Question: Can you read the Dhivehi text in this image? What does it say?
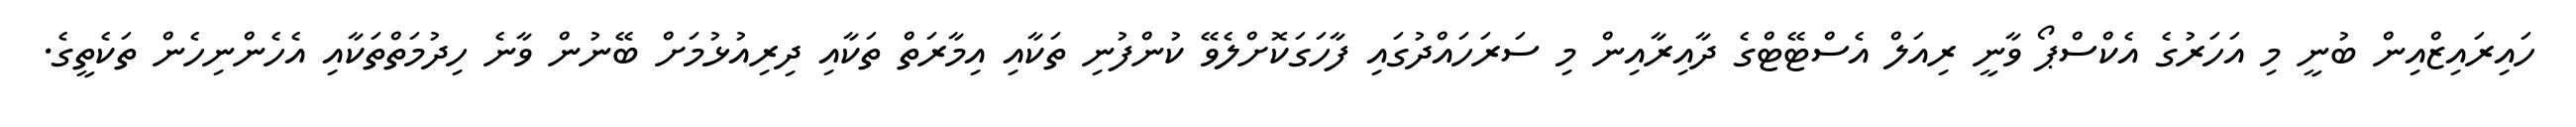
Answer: ހައިރައިޒްއިން ބުނީ މި އަހަރުގެ އެކްސްޕޯ ވާނީ ރިއަލް އެސްޓޭޓްގެ ދާއިރާއިން މި ސަރަހައްދުގައި ފާހަގަކޮށްލެވޭ ކުންފުނި ތަކާއި އިމާރަތް ތަކާއި ދިރިއުޅުމަށް ބޭނުން ވާނެ ހިދުމަތްތަކާއި އެހެންނިހެން ތަކެތީގެ.